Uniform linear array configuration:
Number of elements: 8
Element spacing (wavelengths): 0.75
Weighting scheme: blackman
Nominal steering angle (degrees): -15
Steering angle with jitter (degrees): -16.793
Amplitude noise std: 0.05
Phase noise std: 0.05

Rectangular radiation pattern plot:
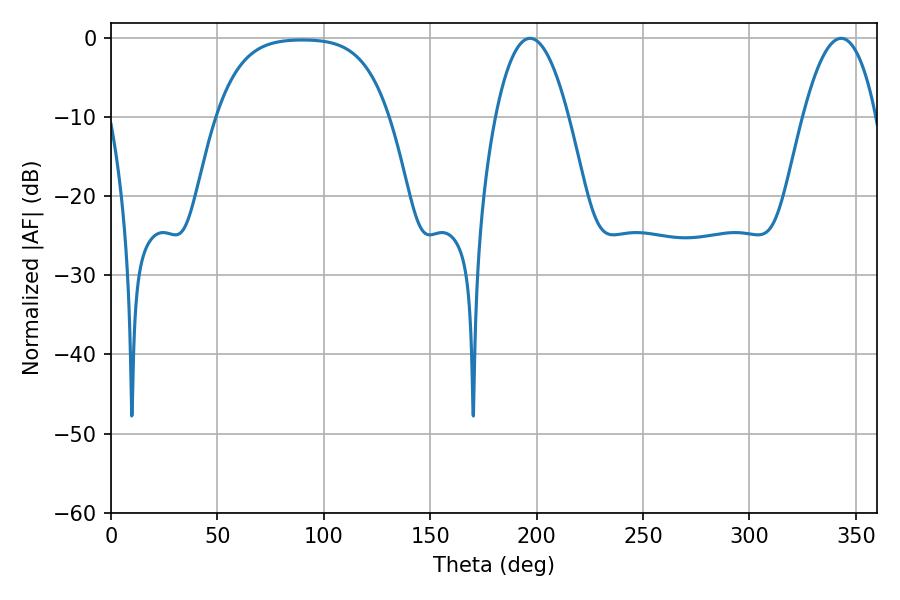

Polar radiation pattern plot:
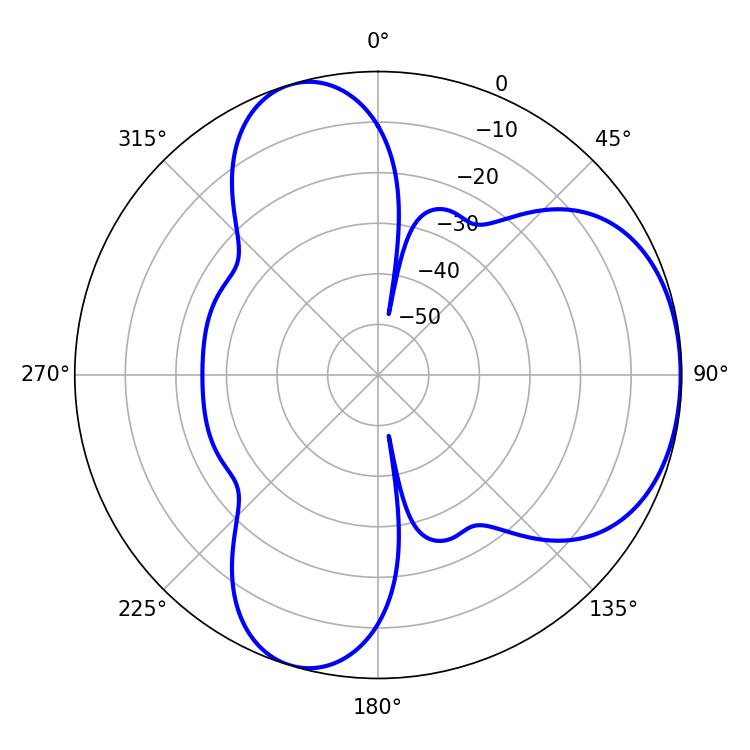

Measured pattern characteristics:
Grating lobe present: TRUE
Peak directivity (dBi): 4.728
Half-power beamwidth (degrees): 18.9
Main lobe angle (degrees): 196.92